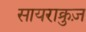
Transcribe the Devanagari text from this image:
सायराक्रुज़